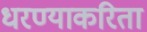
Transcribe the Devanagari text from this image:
धरण्याकरिता